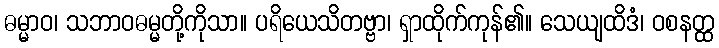
ဓမ္မာဝ၊ သဘာဝဓမ္မတို့ကိုသာ။ ပရိယေသိတဗ္ဗာ၊ ရှာထိုက်ကုန်၏။ သေယျထိဒံ၊ ဝစနတ္ထ